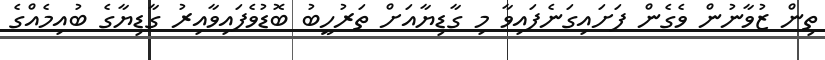
ތިން ޒުވާނުން ވެގެން ފަށައިގަނެފައިވާ މި ގާޑިޔާއަށް ތަރުހީބު ބޮޑުވެފައިވާއިރު ގާޑިޔާގެ ބުއިމެއްގެ